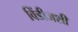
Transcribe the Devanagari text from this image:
विंडीजशी